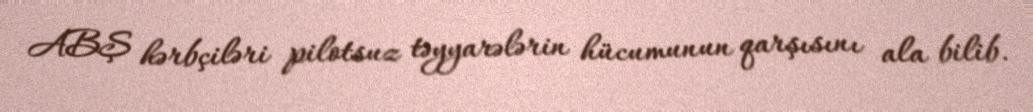
ABŞ hərbçiləri pilotsuz təyyarələrin hücumunun qarşısını ala bilib.